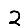
Digit: 2